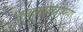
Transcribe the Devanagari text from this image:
इस्लामोफोबिया